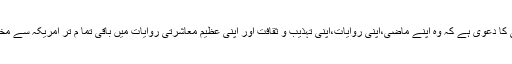
اس پارٹی کا دعوی ہے کہ وہ اپنے ماضی،اپنی روایات،اپنی تہذیب و ثقافت اور اپنی عظیم معاشرتی روایات میں باقی تما م تر امریکہ سے مختلف ہیں ۔